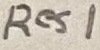
Text: Res1